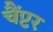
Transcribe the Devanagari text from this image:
चैंप्टर